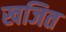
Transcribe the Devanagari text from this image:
खजित